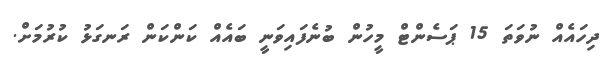
ދިހައެއް ނުވަތަ 15 ޕަސެންޓް މީހުން ބުނެފައިވަނީ ބައެއް ކަންކަން ރަނގަޅު ކުރުމަށް.